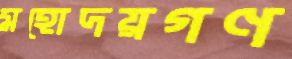
মহোদয়গণ